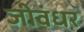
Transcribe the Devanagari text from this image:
जीवंधर